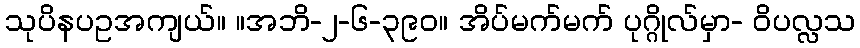
သုပိနပဥအကျယ်။ ။အဘိ-၂-၆-၃၉၀။ အိပ်မက်မက် ပုဂ္ဂိုလ်မှာ- ဝိပလ္လသ